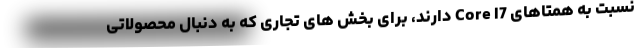
نسبت به همتاهای Core I7 دارند، برای بخش های تجاری که به دنبال محصولاتی